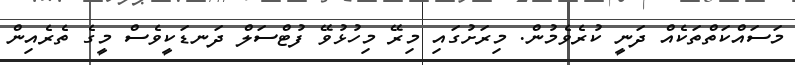
މަސައްކަތްތަކެއް ދަނީ ކުރެވެމުން. މިރަށުގައި މިރޭ މިހުޅުވޭ ފުޓްސަލް ދަނޑަކީވެސް މީގެ ތެރެއިން